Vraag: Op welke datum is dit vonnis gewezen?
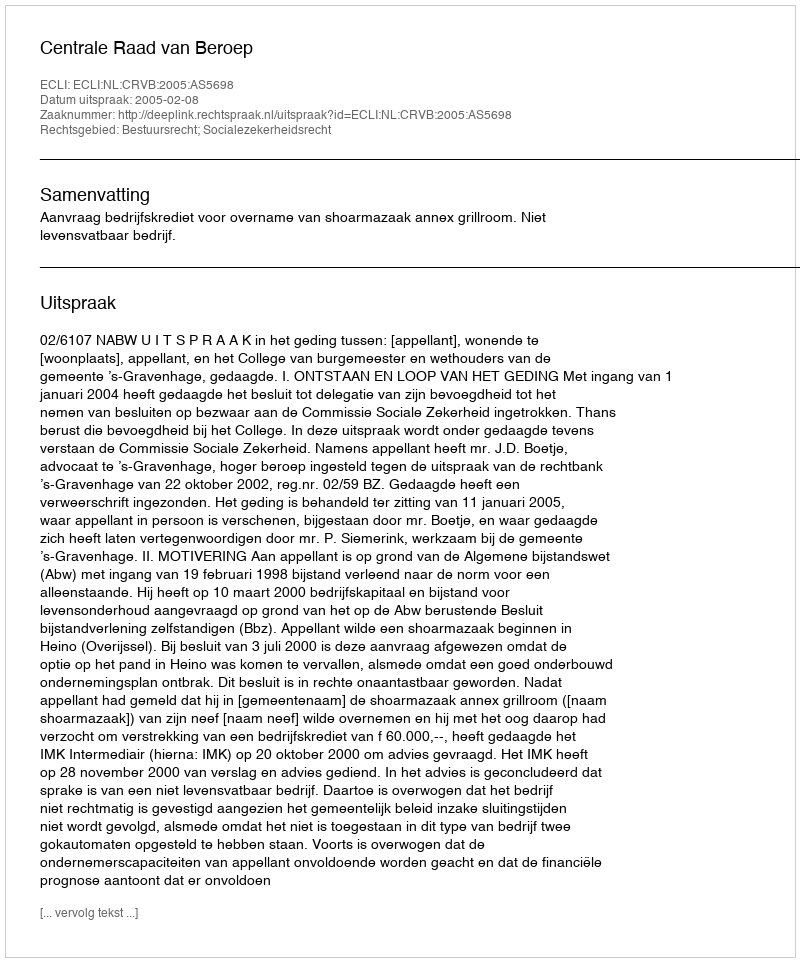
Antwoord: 2005-02-08